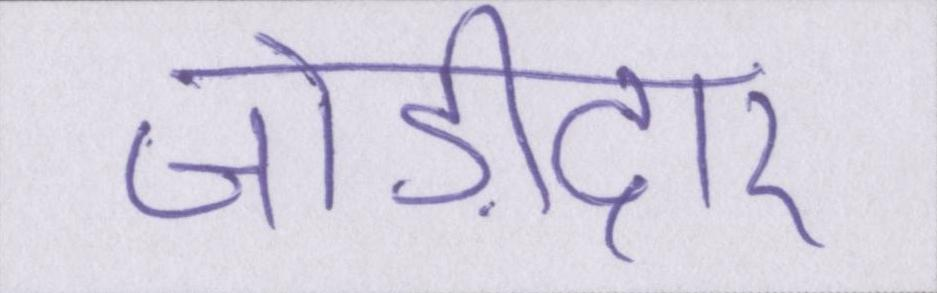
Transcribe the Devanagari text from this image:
जोड़ीदार